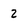
Character: 2